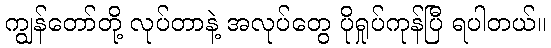
ကျွန်တော်တို့ လုပ်တာနဲ့ အလုပ်တွေ ပိုရှုပ်ကုန်ပြီ ရပါတယ်။